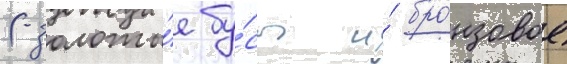
(золоты́е бу́сы и́ бро́нзовое